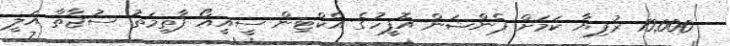
10